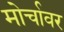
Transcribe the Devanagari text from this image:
मोर्चावर